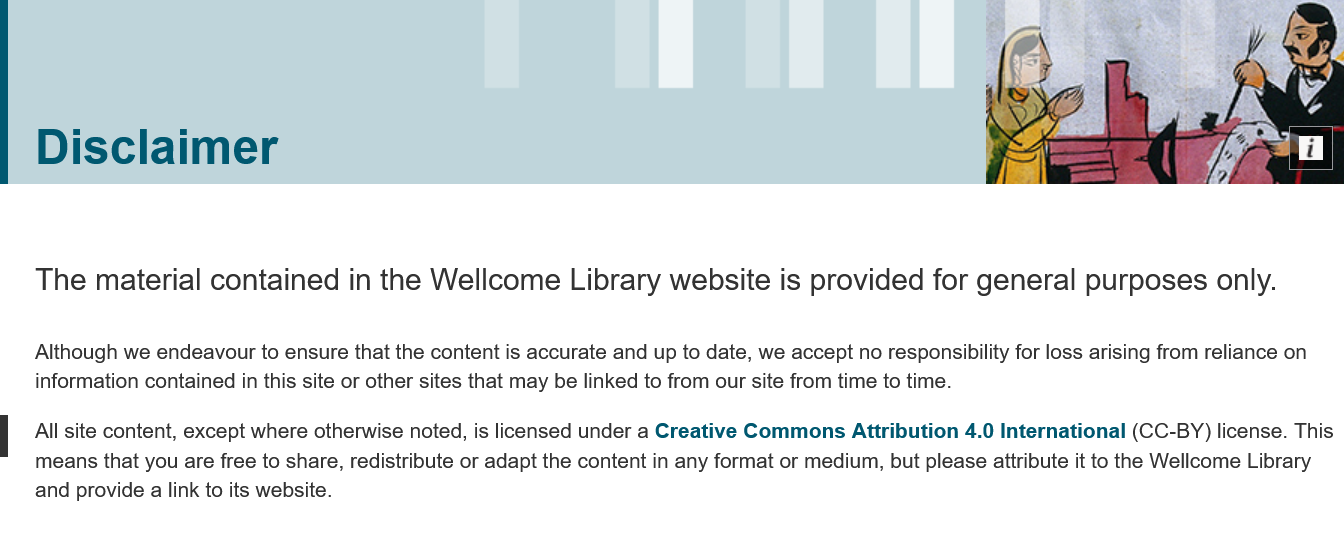
Disclaimer
    The  material   contained   in the  Wellcome    Library website    is provided  for general   purposes  only.
    Although we endeavour to ensure that the content is accurate and up to date, we accept no responsibility for loss arising from reliance on
    information contained in this site or other sites that may be linked to from our site from time to time.
    All site content, except where otherwise noted, is licensed under a Creative Commons Attribution 4.0 International (CC-BY) license. This
    means that you are free to share, redistribute or adapt the content in any format or medium, but please attribute it to the Wellcome Library
    and provide a link to its website.